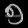
Digit: ၅